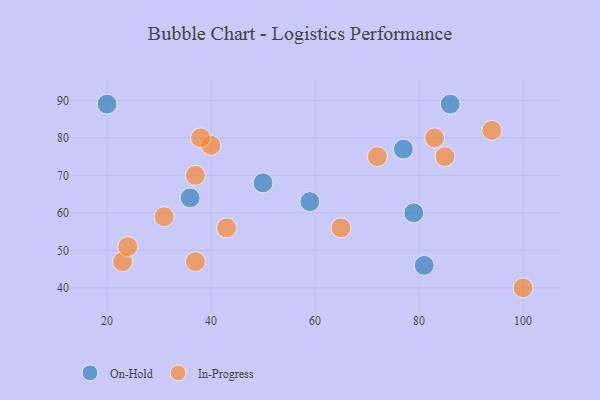
{"axis": {"x": "GDP", "y": "Life Expectancy"}, "legend": ["In-Progress", "On-Hold"], "data": [{"x": "86", "y": 89, "type": "On-Hold"}, {"x": "77", "y": 77, "type": "On-Hold"}, {"x": "81", "y": 46, "type": "On-Hold"}, {"x": "59", "y": 63, "type": "On-Hold"}, {"x": "20", "y": 89, "type": "On-Hold"}, {"x": "36", "y": 64, "type": "On-Hold"}, {"x": "50", "y": 68, "type": "On-Hold"}, {"x": "79", "y": 60, "type": "On-Hold"}, {"x": "43", "y": 56, "type": "In-Progress"}, {"x": "100", "y": 40, "type": "In-Progress"}, {"x": "37", "y": 47, "type": "In-Progress"}, {"x": "31", "y": 59, "type": "In-Progress"}, {"x": "37", "y": 70, "type": "In-Progress"}, {"x": "65", "y": 56, "type": "In-Progress"}, {"x": "85", "y": 75, "type": "In-Progress"}, {"x": "94", "y": 82, "type": "In-Progress"}, {"x": "40", "y": 78, "type": "In-Progress"}, {"x": "23", "y": 47, "type": "In-Progress"}, {"x": "72", "y": 75, "type": "In-Progress"}, {"x": "83", "y": 80, "type": "In-Progress"}, {"x": "38", "y": 80, "type": "In-Progress"}, {"x": "24", "y": 51, "type": "In-Progress"}]}